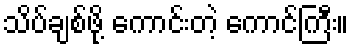
သိပ်ချစ်ဖို့ ကောင်းတဲ့ ကောင်ကြီး။